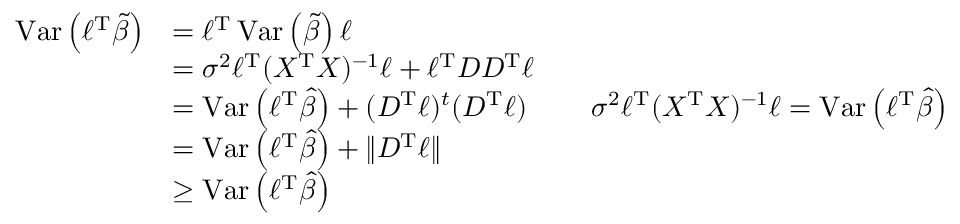
{ \begin{array} { r l r l } { \operatorname { V a r } \left( \ell ^ { \operatorname { T } } { \tilde { \beta } } \right) } & { = \ell ^ { \operatorname { T } } \operatorname { V a r } \left( { \tilde { \beta } } \right) \ell } \\ & { = \sigma ^ { 2 } \ell ^ { \operatorname { T } } ( X ^ { \operatorname { T } } X ) ^ { - 1 } \ell + \ell ^ { \operatorname { T } } D D ^ { \operatorname { T } } \ell } \\ & { = \operatorname { V a r } \left( \ell ^ { \operatorname { T } } { \widehat { \beta } } \right) + ( D ^ { \operatorname { T } } \ell ) ^ { t } ( D ^ { \operatorname { T } } \ell ) } & & { \sigma ^ { 2 } \ell ^ { \operatorname { T } } ( X ^ { \operatorname { T } } X ) ^ { - 1 } \ell = \operatorname { V a r } \left( \ell ^ { \operatorname { T } } { \widehat { \beta } } \right) } \\ & { = \operatorname { V a r } \left( \ell ^ { \operatorname { T } } { \widehat { \beta } } \right) + \| D ^ { \operatorname { T } } \ell \| } \\ & { \geq \operatorname { V a r } \left( \ell ^ { \operatorname { T } } { \widehat { \beta } } \right) } \end{array} }